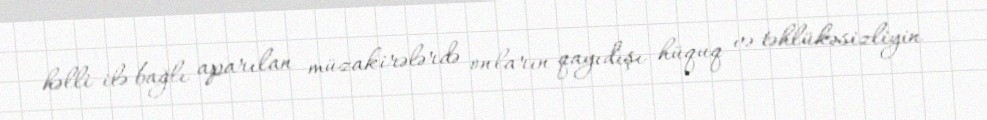
həlli ilə bağlı aparılan müzakirələrdə onların qayıdışı hüquq və təhlükəsizliyin